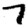
Digit: 7